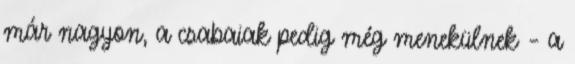
már nagyon, a csabaiak pedig még menekülnek – a